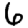
Digit: 6